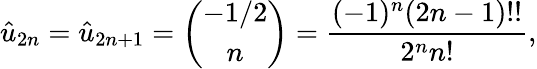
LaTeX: \hat{u}_{2n}=\hat{u}_{2n+1}=\left(\begin{array}{c}{{-1/2}}\\ {{n}}\end{array}\right)={\frac{(-1)^{n}(2n-1)!!}{2^{n}n!}},